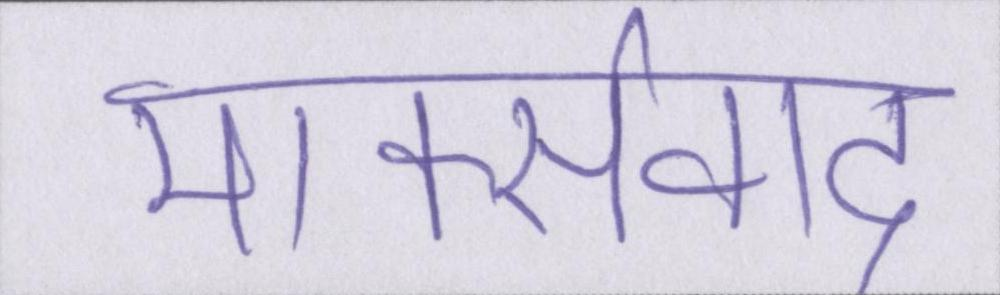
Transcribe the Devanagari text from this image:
मार्क्सवाद